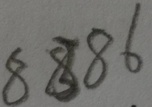
8 8 8 6